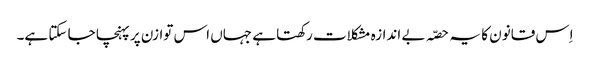
اِس قانون کا یہ حصّہ بے اندازہ مشکلات رکھتا ہے جہاں اس توازن پر پہنچا جا سکتا ہے۔